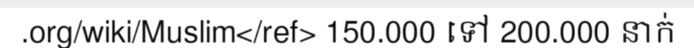
.org/wiki/Muslim</ref> 150.000 ទៅ 200.000 នាក់